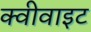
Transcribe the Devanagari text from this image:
क्वीवाइट